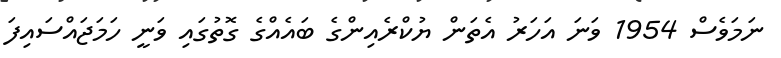
ނަމަވެސް 1954 ވަނަ އަހަރު އެތަން ޔުކްރެއިންގެ ބައެއްގެ ގޮތުގައި ވަނީ ހަމަޖައްސައިފަ